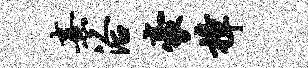
熹洽豪樟